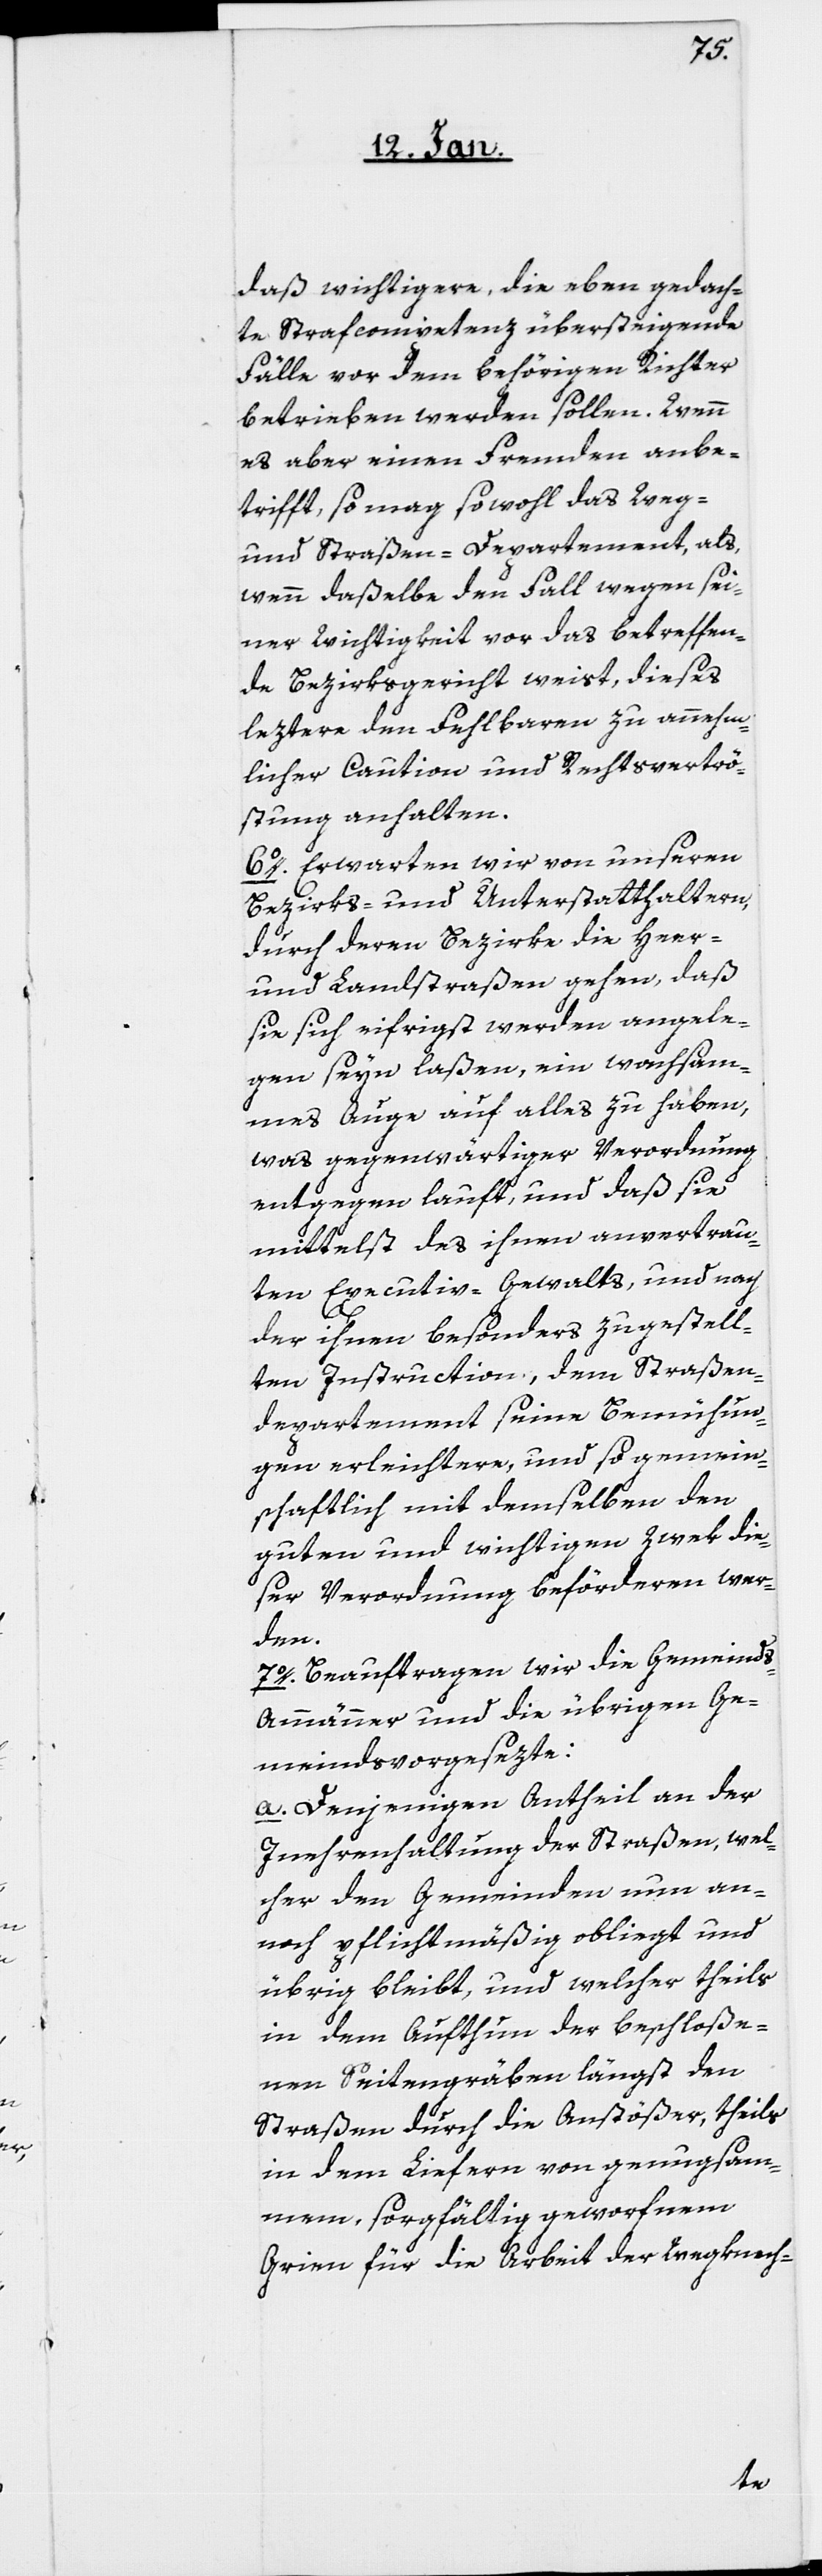
daß wichtigere, die eben gedach¬
te Strafcompetenz übersteigende
Fälle vor dem behörigen Richter
betrieben werden sollen. Wenn
es aber einen Fremden anbe¬
trifft, so mag sowohl das Weg-
und Straßen-Departement, als,
wenn daßelbe den Fall wegen sei¬
ner Wichtigkeit vor das betreffen¬
de Bezirksgericht weist, dieses
leztere den Fehlbaren zu annehm¬
licher Caution und Rechtsvertrö¬
stung anhalten.
6o. Erwarten wir von unseren
Bezirks- und Unterstatthaltern,
durch deren Bezirke die Heer-
und Landstraßen gehen, daß
sie sich eifrigst werden angele¬
gen seyn laßen, ein wachsam¬
es Auge auf alles zu haben,
was gegenwärtiger Verordnung
entgegen lauft, und daß sie
mittelst des ihnen anvertrau¬
ten Executiv-Gewalts und nach
der ihnen besonders zugestell¬
ten Instruction, dem Straßen¬
departement seine Bemühun¬
gen erleichtere, und so gemein¬
schaftlich mit demselben den
guten und wichtigen Zwek die¬
ser Verordnung beförderen wer¬
den.
7o. Beauftragen wir die Gemeind¬
s-Ammänner und die übrigen Ge¬
meinds-Vorgesezte:
a. Denjenigen Antheil an der
Inehrenhaltung der Straßen, wel¬
cher den Gemeinden nun an¬
noch pflichtmäßig obliegt und
übrig bleibt, und welcher theils
in dem Aufthun der beschloße¬
nen Seitengräben längst den
Straßen durch die Anstößer, theils
in dem Liefern von genugsam¬
mem, sorgfältig geworfnem
Grien für die Arbeit der Wegknech-